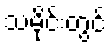
သမိုင်းတွင်